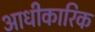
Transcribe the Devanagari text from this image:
आधीकारिक